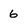
Character: 6